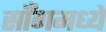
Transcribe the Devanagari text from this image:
साँगमध्ये